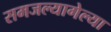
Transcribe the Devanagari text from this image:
समजल्यागेल्या